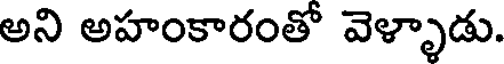
అని అహంకారంతో వెళ్ళాడు.